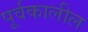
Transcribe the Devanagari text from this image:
पूर्वकालील